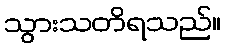
သွားသတိရသည်။